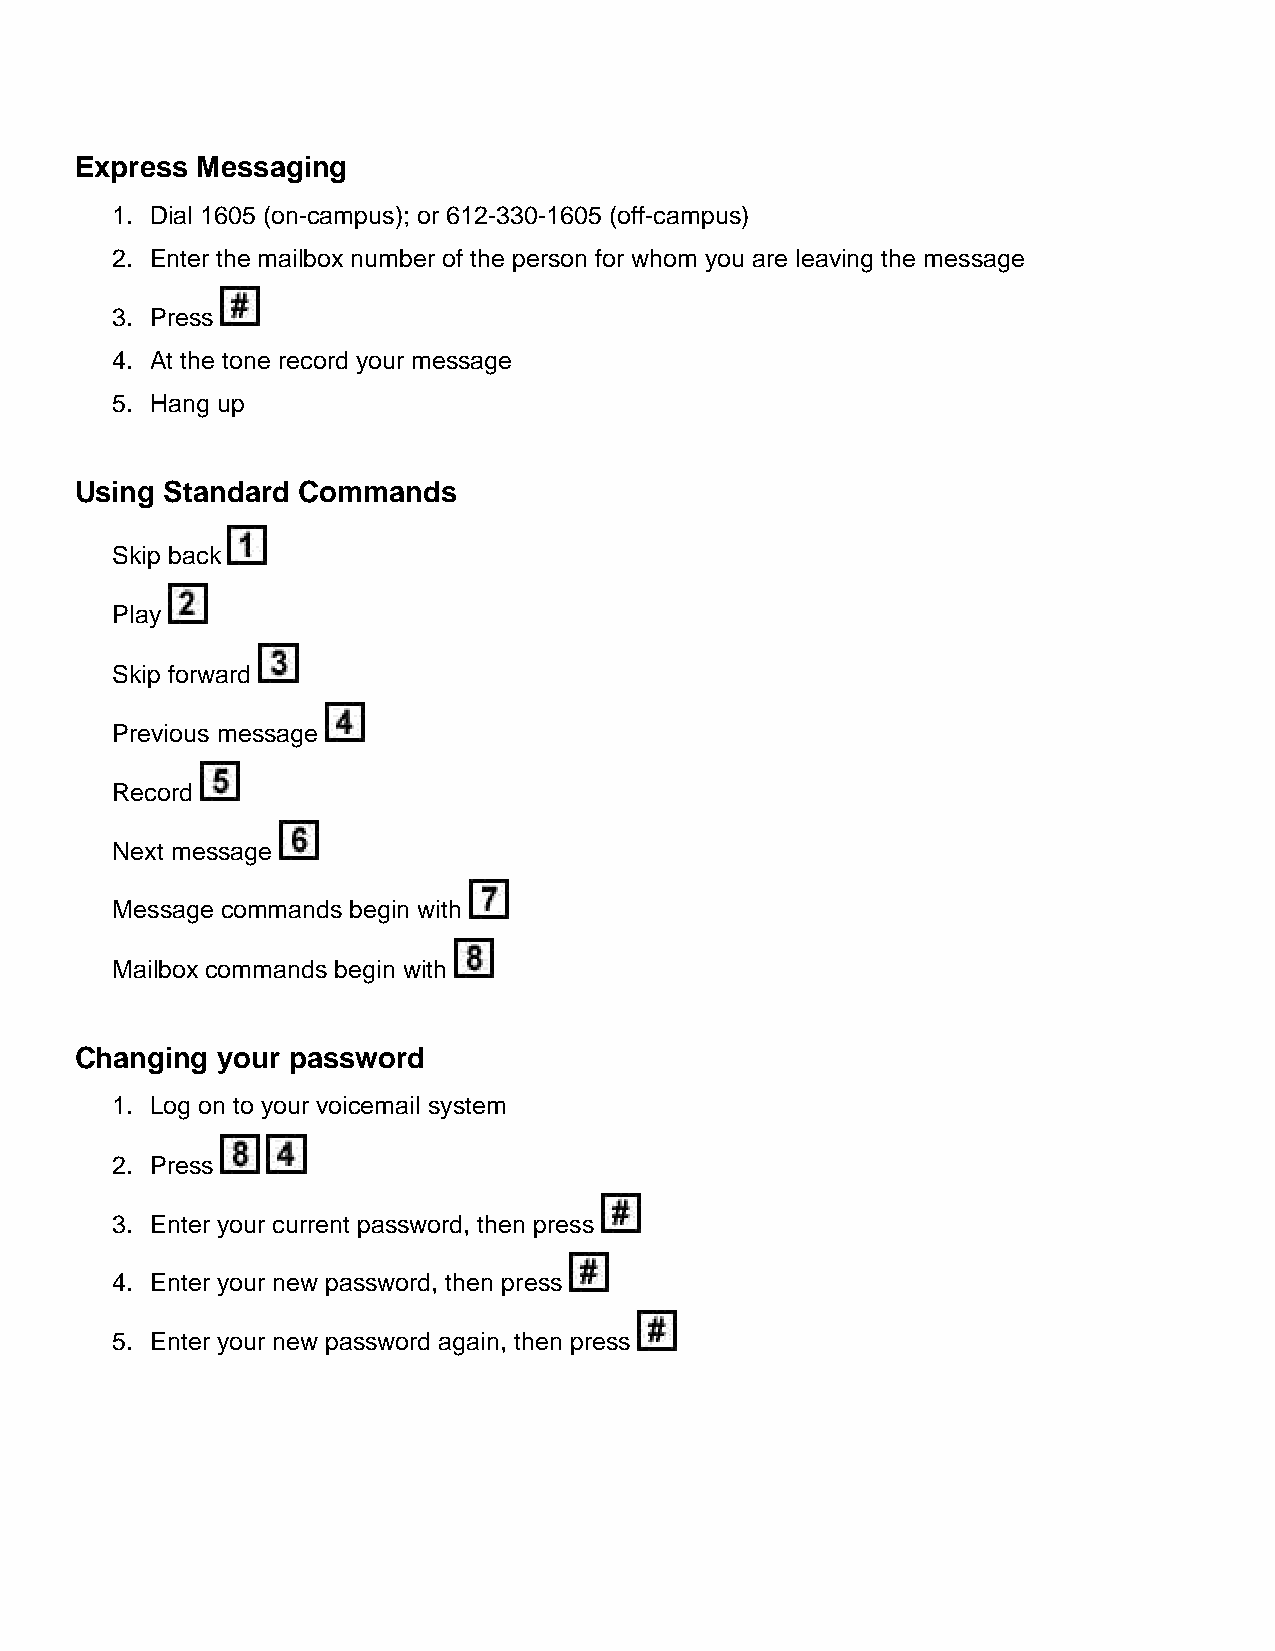
Express Messaging
 1. Dial 1605 (on-campus); or 612-330-1605 (off-campus)
 2. Enter the mailbox number of the person for whom you are leaving the message
 3. Press
 4. At the tone record your message
 5. Hang up
 Using Standard Commands
 Skip back
 Play
 Skip forward
 Previous message
 Record
 Next message
 Message commands begin with
 Mailbox commands begin with
 Changing your password
 1. Log on to your voicemail system
 2. Press
 3. Enter your current password, then press
 4. Enter your new password, then press
 5. Enter your new password again, then press